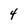
Character: 4